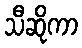
သီဆိုကာ